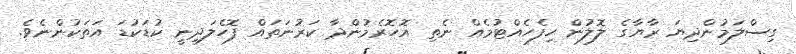
ގިސްލަމުންދިޔަ ރާޔާގެ ލޮލުން ހިފެހެއްޓުމެއް ނެތި އޮހޮރެމުންދާ ކަރުނަތައް ފޮހެލަދިނީ ކުޑަކުޑަ އަތަކުންނެވެ.